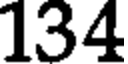
134